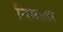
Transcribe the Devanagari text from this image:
निमाता